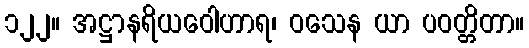
၁၂၂။ အဋ္ဌာနရိယဝေါဟာရ၊ ဝသေန ယာ ပဝတ္တိတာ။